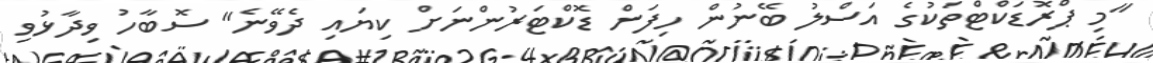
"މި ޕްރޮޑަކްޓްތަކުގެ އަސްލު ބޭނުން ހިފަން ޑޮކްޓަރުންނަށް ކިޔައި ދެވޭނެ" ސޮބާހު ވިދާޅުވި